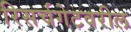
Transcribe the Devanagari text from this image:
रिसर्चगेटवरील